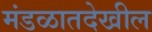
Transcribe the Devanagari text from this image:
मंडळातदेखील